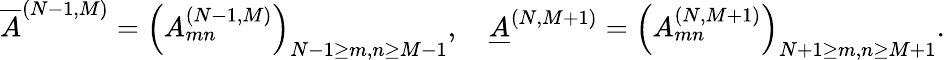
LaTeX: \overline{{{A}}}^{(N-1,M)}=\Bigl(A_{mn}^{(N-1,M)}\Bigr)_{N-1\ge m,n\ge M-1},\quad\underline{{{A}}}^{(N,M+1)}=\Bigl(A_{mn}^{(N,M+1)}\Bigr)_{N+1\ge m,n\ge M+1}.